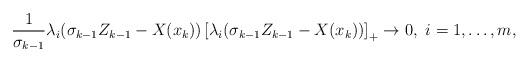
LaTeX: \begin{align*} \frac{1}{\sigma_{k-1}}\lambda_{i}(\sigma_{k-1}Z_{k-1} - X(x_k)) \left[\lambda_{i}(\sigma_{k-1}Z_{k-1} - X(x_k))\right]_{+} \to 0,\ i = 1, \dots, m, \end{align*}